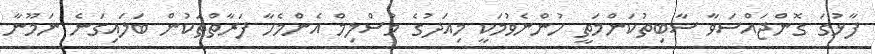
ފާޅުގަ ގޮންޖައްސަވާ ސާބިތުކަންމަތީ ހުންނެވުމަކީ މިއަދުގެ މުސްލިމް އެންމެހާ ފަރާތްތަކުން ބަލައިގަނެ ނަމޫނާ